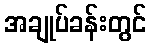
အချုပ်ခန်းတွင်